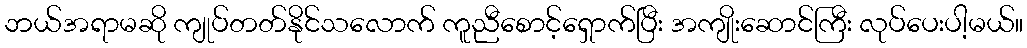
ဘယ်အရာမဆို ကျုပ်တတ်နိုင်သလောက် ကူညီစောင့်ရှောက်ပြီး အကျိုးဆောင်ကြီး လုပ်ပေးပါ့မယ်။